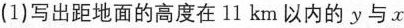
(1)写出距地面的高度在 11 km 以内的 y 与 x